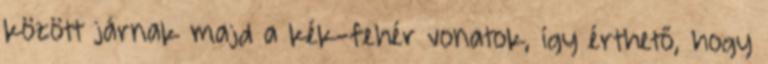
között járnak majd a kék-fehér vonatok, így érthető, hogy